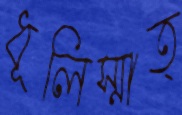
ধূলিস্মাত্